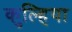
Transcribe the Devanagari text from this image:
कुल्हिया